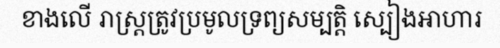
ខាងលើ រាស្ត្រត្រូវប្រមូលទ្រព្យសម្បត្តិ ស្បៀងអាហារ